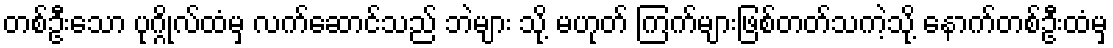
တစ်ဦးသော ပုဂ္ဂိုလ်ထံမှ လက်ဆောင်သည် ဘဲများ သို့ မဟုတ် ကြက်များဖြစ်တတ်သကဲ့သို့ နောက်တစ်ဦးထံမှ